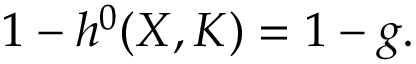
1 - h ^ { 0 } ( X , K ) = 1 - g .